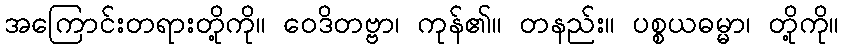
အကြောင်းတရားတို့ကို။ ဝေဒိတဗ္ဗာ၊ ကုန်၏။ တနည်း။ ပစ္စယဓမ္မာ၊ တို့ကို။